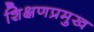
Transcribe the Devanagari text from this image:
शिक्षणप्रमुख